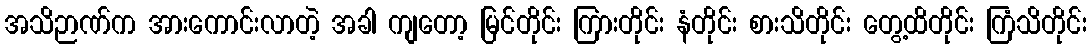
အသိဉာဏ်က အားကောင်းလာတဲ့ အခါ ကျတော့ မြင်တိုင်း ကြားတိုင်း နံတိုင်း စားသိတိုင်း တွေ့ထိတိုင်း ကြံသိတိုင်း